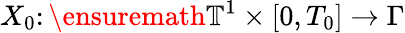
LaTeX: X_{0}\colon\ensuremath{\mathbb{T}}^{1}\times[0,T_{0}]\rightarrow\Gamma